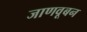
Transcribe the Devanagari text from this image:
जाणवूबन